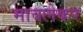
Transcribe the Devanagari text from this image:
मावलेकर